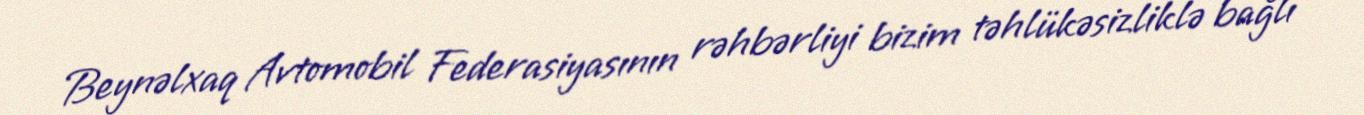
Beynəlxaq Avtomobil Federasiyasının rəhbərliyi bizim təhlükəsizliklə bağlı